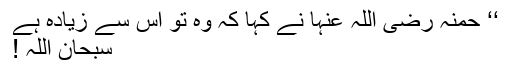
‘‘ حمنہ رضی اللہ عنہا نے کہا کہ وہ تو اس سے زیادہ ہے
سبحان اللہ !